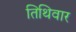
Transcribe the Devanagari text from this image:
तिथिवार